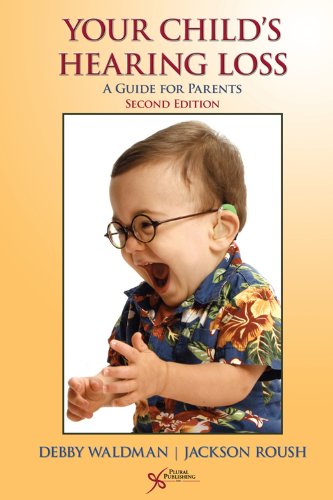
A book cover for Your Child's Hearing Loss: A Guide for Parents; Debby Waldman; Health, Fitness & Dieting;